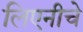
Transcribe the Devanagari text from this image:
लिएनीचे